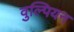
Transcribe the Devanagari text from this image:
वुल्पियन